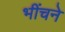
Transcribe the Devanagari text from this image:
भींचने